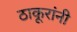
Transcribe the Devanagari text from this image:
ठाकूरांनी